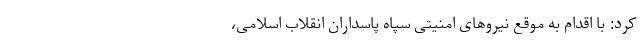
کرد: با اقدام به موقع نیروهای امنیتی سپاه پاسداران انقلاب اسلامی،